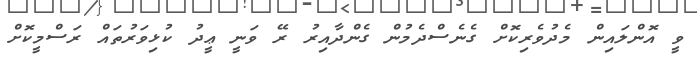
ވީ އޮންލައިން މެދުވެރިކޮށް ގެނެސްދެމުން ގެންދާއިރު ރޭ ވަނީ ޢީދު ކުޅިވަރުތައް ރަސްމީކޮށް